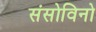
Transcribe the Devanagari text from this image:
संसोविनो